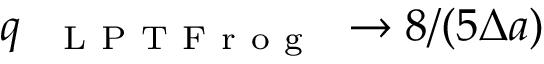
q _ { \mathrm { ~ \textsc ~ { ~ L ~ P ~ T ~ F ~ r ~ o ~ g ~ } ~ } } \to 8 / ( 5 \Delta a )